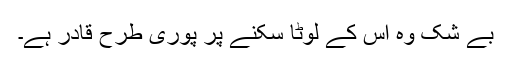
بے شک وہ اس کے لوٹا سکنے پر پوری طرح قادر ہے۔